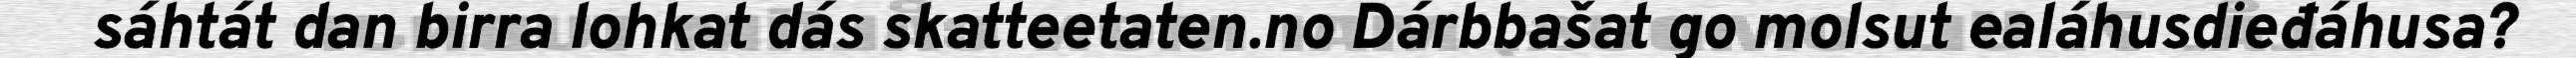
sáhtát dan birra lohkat dás skatteetaten.no Dárbbašat go molsut ealáhusdieđáhusa?